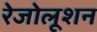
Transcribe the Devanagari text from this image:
रेजोलूशन